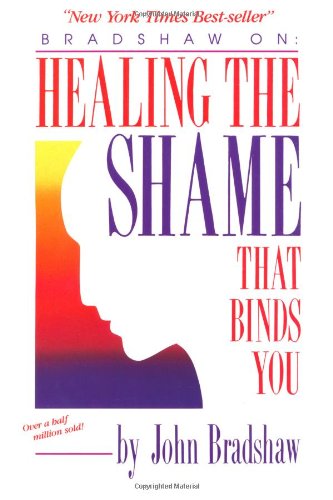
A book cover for Healing the Shame That Binds You; John Bradshaw; Health, Fitness & Dieting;